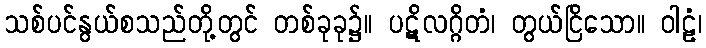
သစ်ပင်နွယ်စသည်တို့တွင် တစ်ခုခု၌။ ပဋိလဂ္ဂိတံ၊ တွယ်ငြိသော။ ဝါဠံ၊